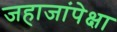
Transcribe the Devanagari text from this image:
जहाजांपेक्षा